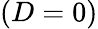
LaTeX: (D=0)